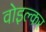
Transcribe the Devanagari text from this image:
वोइल्कर